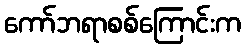
ကော်ဘရာစစ်ကြောင်းက